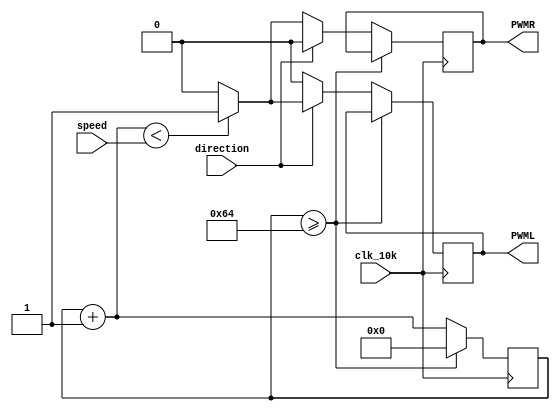
module PWM
(
	input clk_10k,
	input [7:0] speed,
	input direction,
	output reg PWML,
	output reg PWMR
);
reg [7:0] cnt;


always @(posedge clk_10k) begin
	if (cnt>=100) cnt =0; 
	else begin
	cnt=cnt+1;
	if (direction==1) begin
		if(cnt<speed) begin
			PWML=1;
			PWMR=0;
		end
		else begin
			PWML=0;
			PWMR=0;
		end
	end
	else begin
		if(cnt<speed) begin
			PWML=0;
			PWMR=1;
		end
		else begin
			PWML=0;
			PWMR=0;
		end
	end
	end
end

endmodule